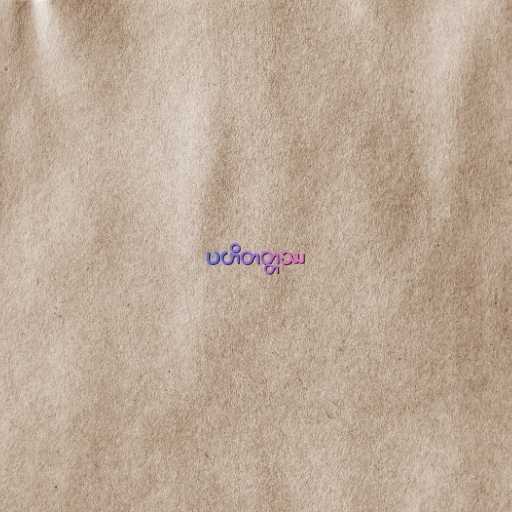
ပဟိတတ္တဿ